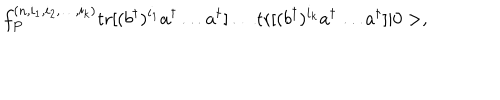
f _ { P } ^ { ( n , i _ { 1 } , i _ { 2 } , \dots , i _ { k } ) } \mathrm { t r } [ ( b ^ { \dagger } ) ^ { i _ { 1 } } a ^ { \dagger } \dots a ^ { \dagger } ] \dots \mathrm { t r } [ ( b ^ { \dagger } ) ^ { i _ { k } } a ^ { \dagger } \dots a ^ { \dagger } ] | 0 > ,